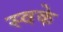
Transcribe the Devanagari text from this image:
स्वके